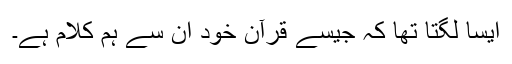
ایسا لگتا تھا کہ جیسے قرآن خود ان سے ہم کلام ہے۔